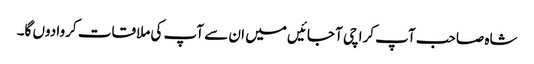
شاہ صاحب آپ کراچی آ جائیں میں ان سے آپ کی ملاقات کروا دوں گا۔